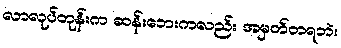
လာလုပ်တုန်းက ဆန်းဘေးကလည်း အမှတ်တရဘဲ။